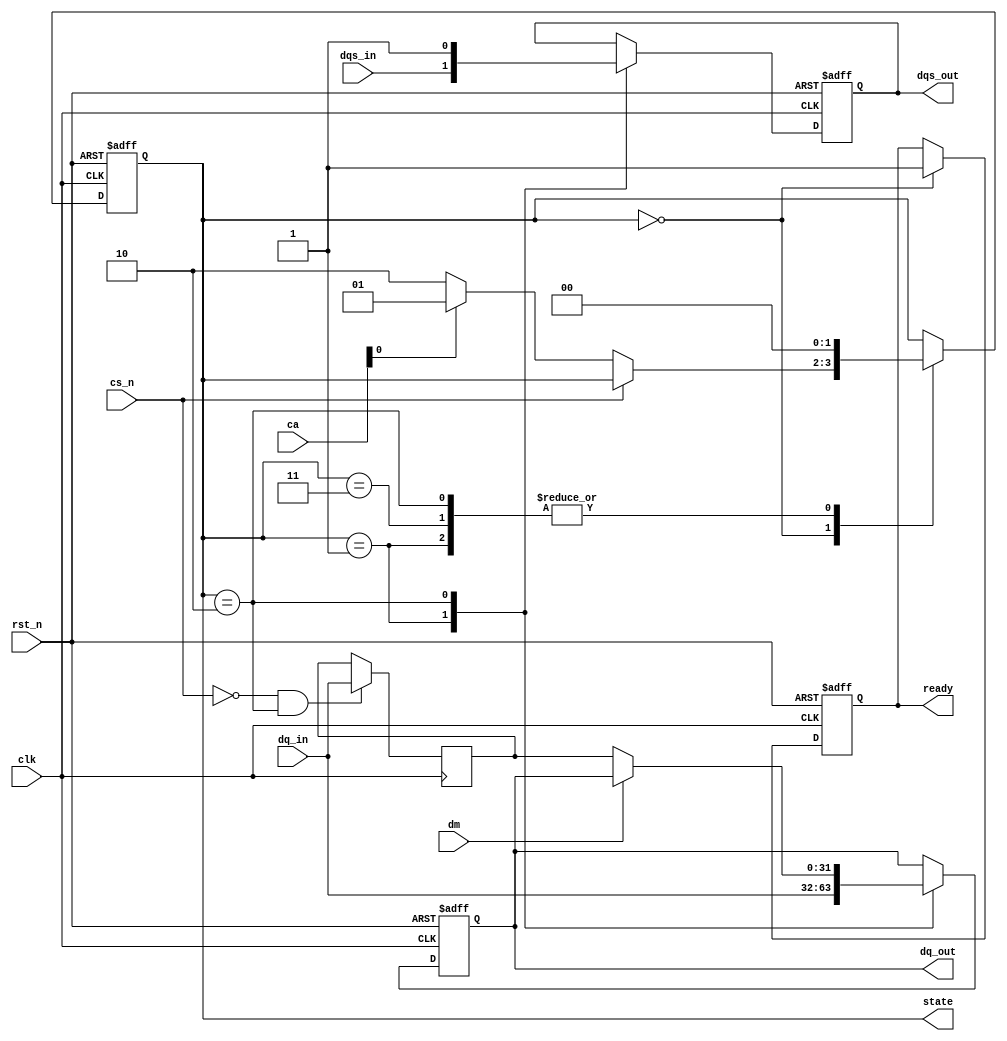
module lpddr3_io_block (
    input wire clk,            // System clock
    input wire rst_n,         // Active low reset
    input wire [31:0] dq_in,  // Data input from memory
    output reg [31:0] dq_out,  // Data output to memory
    input wire dqs_in,        // Data strobe input
    output reg dqs_out,       // Data strobe output
    input wire cs_n,          // Chip select (active low)
    input wire [15:0] ca,     // Command/Address signals
    input wire dm,            // Data mask signal
    output reg ready,         // Ready signal
    output reg [1:0] state    // State output for monitoring
);

    // State definitions
    localparam IDLE      = 2'b00;
    localparam READ      = 2'b01;
    localparam WRITE     = 2'b10;
    localparam REFRESH   = 2'b11;

    // Internal signals
    reg [31:0] data_buffer;
    reg dqs_reg;

    // State machine for LPDDR3 operations
    always @(posedge clk or negedge rst_n) begin
        if (!rst_n) begin
            state <= IDLE;
            dq_out <= 32'b0;
            ready <= 1'b0;
            dqs_out <= 1'b0;
        end else begin
            case (state)
                IDLE: begin
                    ready <= 1'b1; // System is ready
                    if (!cs_n) begin // If chip is selected
                        if (ca[0]) begin // Example condition for read
                            state <= READ;
                        end else begin // Example condition for write
                            state <= WRITE;
                        end
                    end
                end

                READ: begin
                    dq_out <= dq_in; // Read data from memory
                    dqs_out <= dqs_in; // Capture DQS signal
                    state <= IDLE; // Return to idle after read
                end

                WRITE: begin
                    if (!dm) begin // If data mask is not active
                        dq_out <= data_buffer; // Output data to memory
                    end
                    dqs_out <= 1'b1; // Assert DQS
                    state <= IDLE; // Return to idle after write
                end

                REFRESH: begin
                    // Refresh logic here
                    state <= IDLE; // Return to idle after refresh
                end

                default: state <= IDLE; // Default case
            endcase
        end
    end

    // Example of capturing data into the buffer (could be triggered by another signal)
    always @(posedge clk) begin
        if (!cs_n && state == WRITE) begin
            data_buffer <= dq_in; // Capture data for writing
        end
    end

endmodule